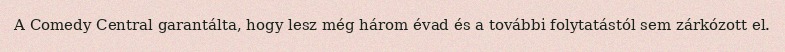
A Comedy Central garantálta, hogy lesz még három évad és a további folytatástól sem zárkózott el.